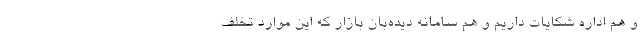
و هم اداره شکایات داریم و هم سامانه دیده‌بان بازار که این موارد تخلف